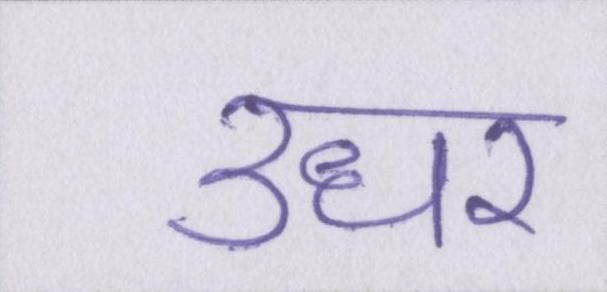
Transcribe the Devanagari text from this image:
उधर